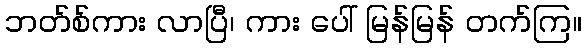
ဘတ်စ်ကား လာပြီ၊ ကား ပေါ် မြန်မြန် တက်ကြ။